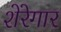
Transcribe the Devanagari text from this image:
शेरेगार